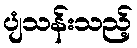
ပျံသန်းသည့်